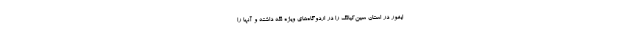
ایغور در استان سین‌کیانگ را در اردوگاه‌های ویژه نگه داشته و آنها را